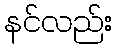
နင်လည်း